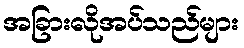
အခြားလိုအပ်သည်များ